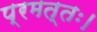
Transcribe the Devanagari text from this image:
प्रमत्तः।